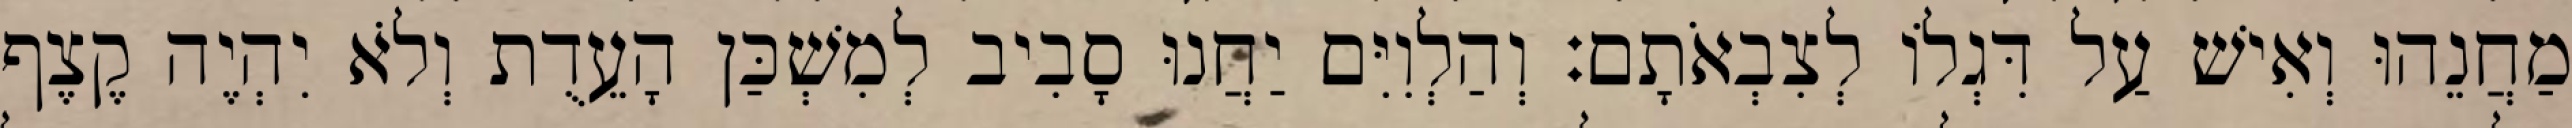
מַחֲנֵהוּ וְאִישׁ עַל דִּגְלוֹ לְצִבְאֹתָם׃ וְהַלְוִיִּם יַחֲנוּ סָבִיב לְמִשְׁכַּן הָעֵדֻת וְלֹא יִהְיֶה קֶצֶף